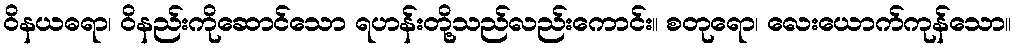
ဝိနယဓရာ၊ ဝိနည်းကိုဆောင်သော ရဟန်းတို့သည်လည်းကောင်း။ စတုရော၊ လေးယောက်ကုန်သော။